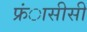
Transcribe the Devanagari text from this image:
फ्रंासीसी